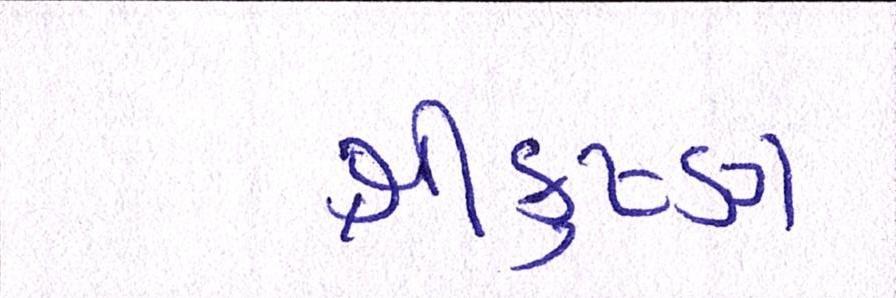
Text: શ્રીકૃષ્ણ